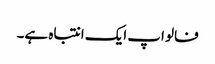
فالو اپ ایک انتباہ ہے۔